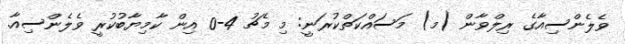
ވެލެންސިއާގެ ރިލްވާން (މ) މަސައްކަތްކުރަނީ: މި މެޗު 4-0 އިން ކާމިޔާބުކުރީ ވެލެންސިއާ.